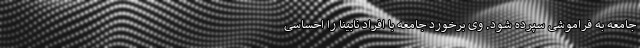
جامعه به فراموشی سپرده شود. وی برخورد جامعه با افراد نابینا را احساسی